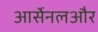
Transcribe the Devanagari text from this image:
आर्सेनलऔर